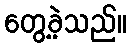
တွေ့ခဲ့သည်။